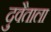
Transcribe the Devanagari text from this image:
दुवैताला